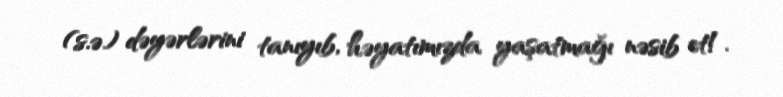
(s.ə) dəyərlərini tanıyıb, həyatımızda yaşatmağı nəsib et!.